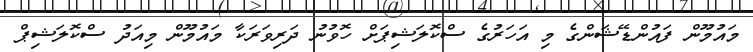
މައުމޫން ފައުންޑޭޝަންގެ މި އަހަރުގެ ސްކޮލަޝިޕަށް ހޮވުނު ދަރިވަރަކާ މައުމޫން މިއަދު ސްކޮލަޝިޕް